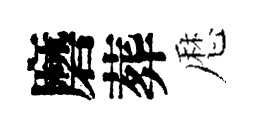
磨葬厯